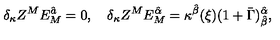
\delta _ { \kappa } Z ^ { M } E _ { M } ^ { \hat { a } } = 0 , \quad \delta _ { \kappa } Z ^ { M } E _ { M } ^ { \hat { \alpha } } = \kappa ^ { \hat { \beta } } ( \xi ) ( 1 + \bar { \Gamma } ) _ { \hat { \beta } } ^ { \hat { \alpha } } ,